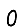
Digit: 0